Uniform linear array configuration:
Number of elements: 4
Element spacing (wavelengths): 0.5
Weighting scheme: hann
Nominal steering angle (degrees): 60
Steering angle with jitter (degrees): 61.983
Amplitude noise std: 0.05
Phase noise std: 0.05

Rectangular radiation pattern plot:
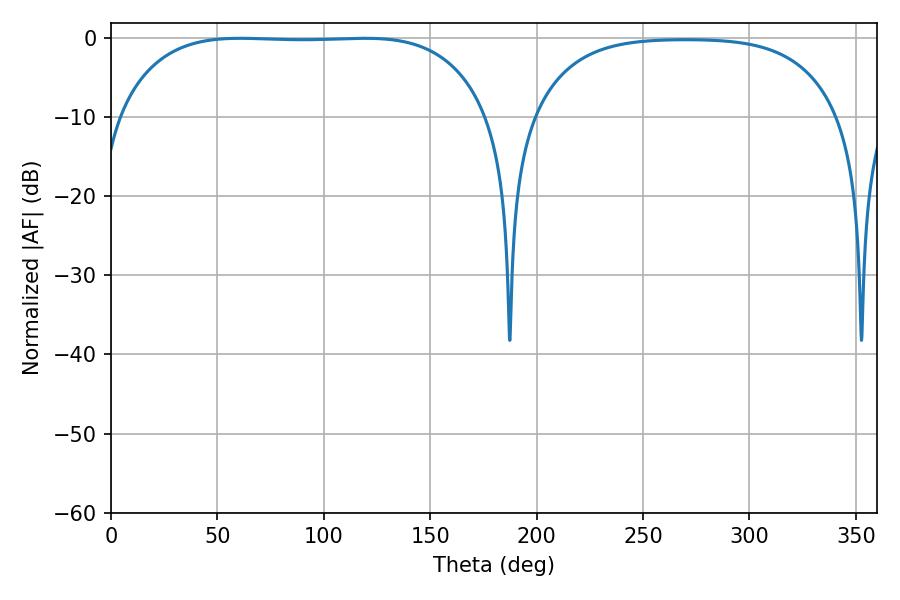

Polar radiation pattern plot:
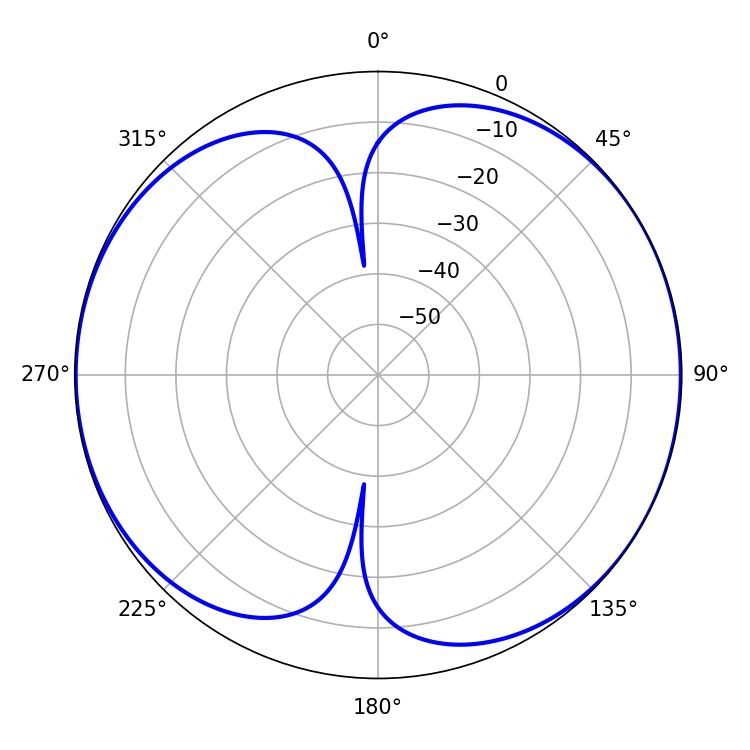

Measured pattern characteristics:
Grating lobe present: FALSE
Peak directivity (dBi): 7.571
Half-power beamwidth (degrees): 136.08
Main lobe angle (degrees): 60.66